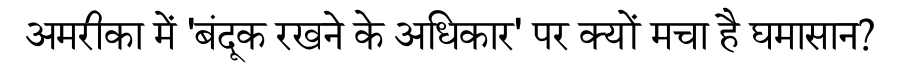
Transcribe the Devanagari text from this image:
अमरीका में 'बंदूक रखने के अधिकार' पर क्यों मचा है घमासान?